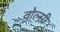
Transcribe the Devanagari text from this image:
वोल्सी